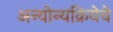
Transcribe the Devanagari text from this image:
अन्योन्यक्रियेचे